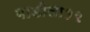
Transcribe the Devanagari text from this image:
गाडीला१२